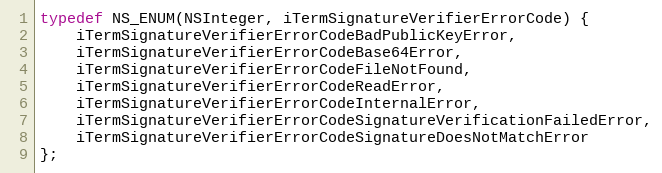
Language: C
typedef NS_ENUM(NSInteger, iTermSignatureVerifierErrorCode) {
    iTermSignatureVerifierErrorCodeBadPublicKeyError,
    iTermSignatureVerifierErrorCodeBase64Error,
    iTermSignatureVerifierErrorCodeFileNotFound,
    iTermSignatureVerifierErrorCodeReadError,
    iTermSignatureVerifierErrorCodeInternalError,
    iTermSignatureVerifierErrorCodeSignatureVerificationFailedError,
    iTermSignatureVerifierErrorCodeSignatureDoesNotMatchError
};